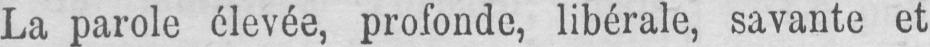
La parole élevée, profonde, libérale, savante et